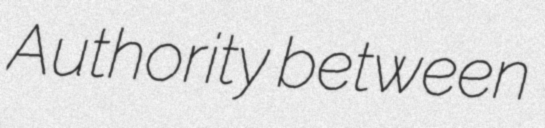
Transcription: Authority between